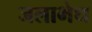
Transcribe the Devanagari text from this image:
जलाभेध